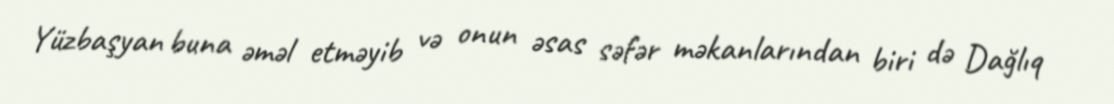
Yüzbaşyan buna əməl etməyib və onun əsas səfər məkanlarından biri də Dağlıq